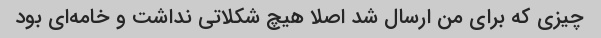
چیزی که برای من ارسال شد اصلا هیچ شکلاتی نداشت و خامه‌ای بود